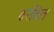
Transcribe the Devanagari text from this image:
ठरविल